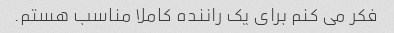
فکر می کنم برای یک راننده کاملا مناسب هستم.